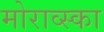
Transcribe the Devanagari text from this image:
मोराव्स्का